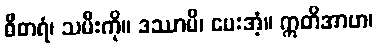
ဓီတရံ၊ သမီးကို။ ဒဿာမိ၊ ပေးအံ့။ ဣတိအာဟ၊